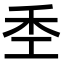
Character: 𫀧